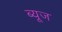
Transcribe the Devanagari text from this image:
ब्यूज